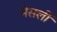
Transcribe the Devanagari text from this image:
मेसर्ली